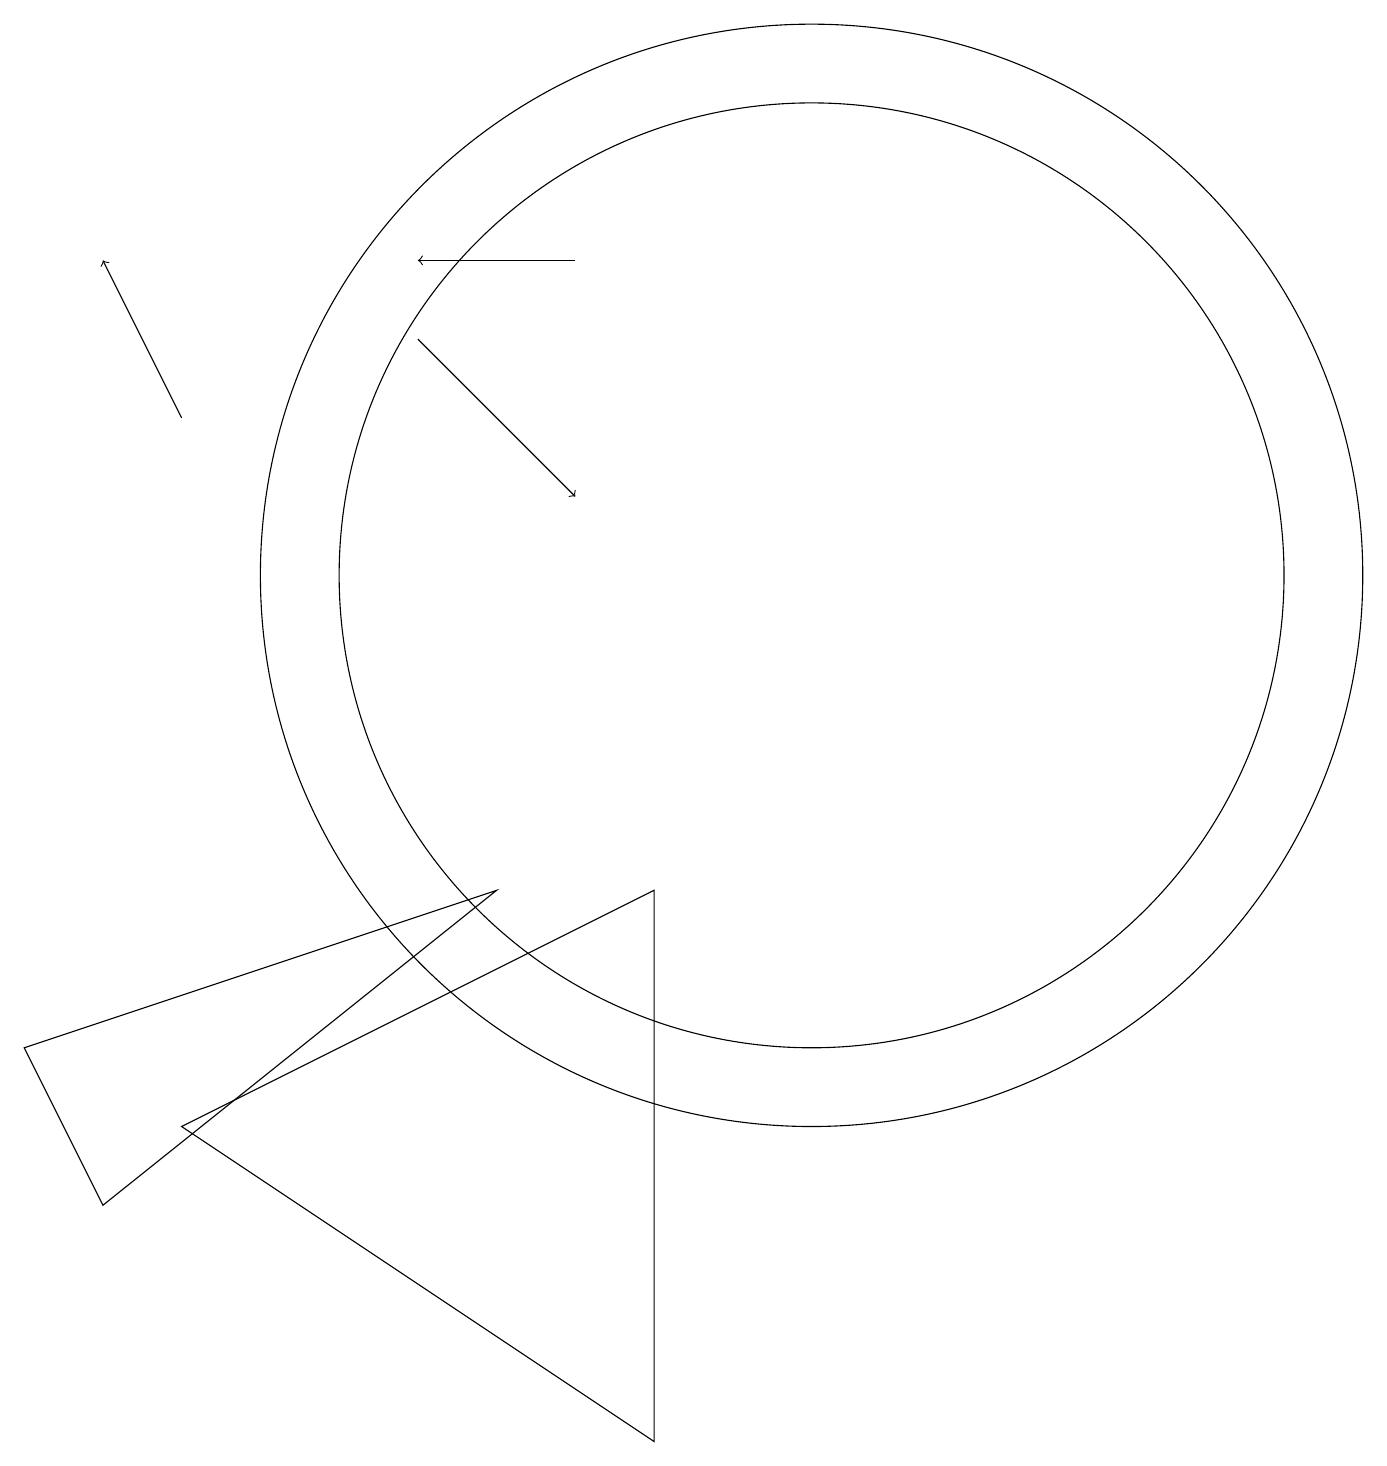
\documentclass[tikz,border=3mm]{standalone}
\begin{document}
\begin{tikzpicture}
\draw[->] (2,13) -- (1,15);
\draw[->] (5,14) -- (7,12);
\draw (10,11) circle (6);
\draw (2,4) -- (8,7) -- (8,0) -- cycle;
\draw (10,11) circle (7);
\draw[->] (7,15) -- (5,15);
\draw (1,3) -- (0,5) -- (6,7) -- cycle;
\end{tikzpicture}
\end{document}